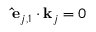
\mathbf { \hat { e } } _ { j , 1 } \cdot \mathbf { k } _ { j } = 0